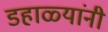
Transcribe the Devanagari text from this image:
डहाळ्यांनी